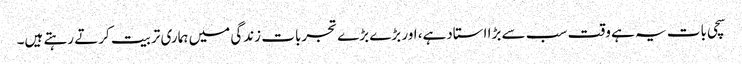
سچی بات یہ ہے وقت سب سے بڑا استادہے، اور بڑے بڑے تجربات زندگی میں ہماری تربیت کرتے رہتے ہیں۔